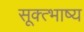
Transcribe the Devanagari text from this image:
सूक्त्भाष्य